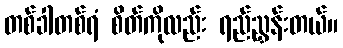
တစ်ခါတစ်ရံ စိတ်ကိုလည်း ရည်ညွှန်းတယ်။